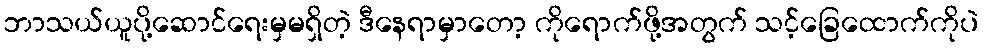
ဘာသယ်ယူပို့ဆောင်ရေးမှမရှိတဲ့ ဒီနေရာမှာတော့ ကိုရောက်ဖို့အတွက် သင့်ခြေထောက်ကိုပဲ